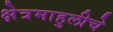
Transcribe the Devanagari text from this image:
क्षेत्रमाहुलीचे